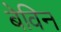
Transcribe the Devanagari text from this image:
बेविन